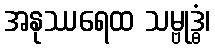
အနုဿရေထ သမ္ဗုဒ္ဓံ၊